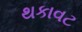
થકાવટ